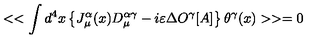
< < \int d ^ { 4 } x \left\{ J _ { \mu } ^ { \alpha } ( x ) D _ { \mu } ^ { \alpha \gamma } - i \varepsilon \Delta O ^ { \gamma } [ A ] \right\} \theta ^ { \gamma } ( x ) > > = 0